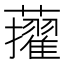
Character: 𧃔